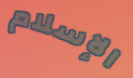
الإسلام